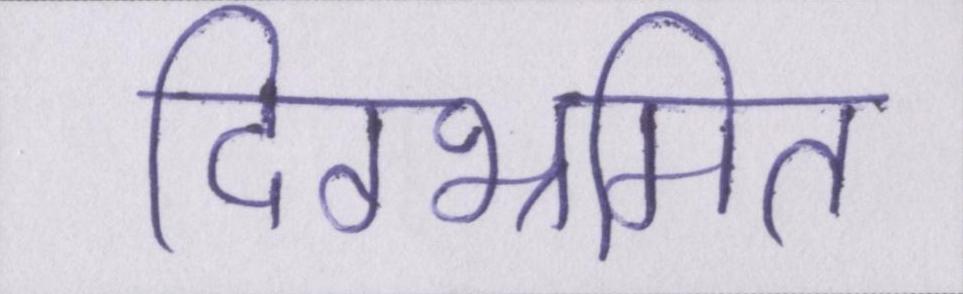
दिग्भ्रमित